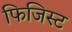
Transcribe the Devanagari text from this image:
फिजिस्ट